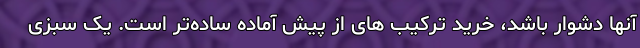
آنها دشوار باشد، خرید ترکیب های از پیش آماده ساده‌تر است. یک سبزی